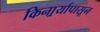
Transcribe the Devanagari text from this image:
किनार्र्यापासून